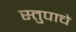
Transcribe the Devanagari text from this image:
स्तुपाचे